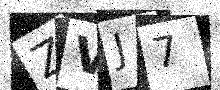
Text: ZVJ7